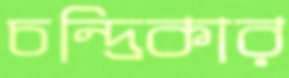
চন্দ্রিকার